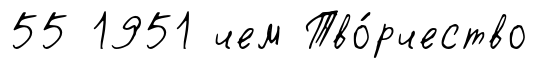
55 1951 чем Тво́рчество